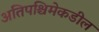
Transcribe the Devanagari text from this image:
अतिपश्चिमेकडील